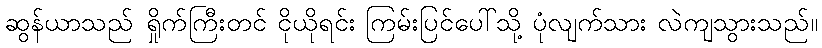
ဆွန်ယာသည် ရှိုက်ကြီးတင် ငိုယိုရင်း ကြမ်းပြင်ပေါ်သို့ ပုံလျက်သား လဲကျသွားသည်။